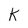
Character: K